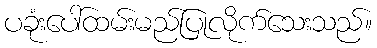
ပခုံးပေါ်ထမ်းမည်ပြုလိုက်သေးသည်။